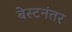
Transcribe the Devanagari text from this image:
बेस्टनंतर